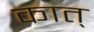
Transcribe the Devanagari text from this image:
कात्‌